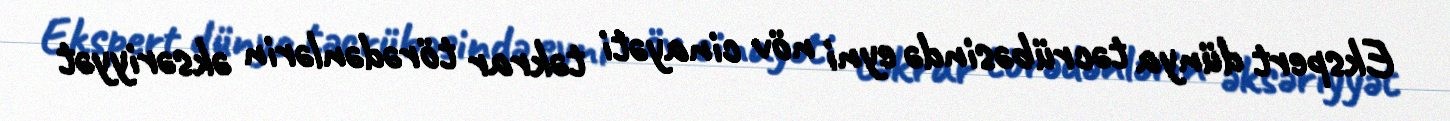
Ekspert dünya təcrübəsində eyni növ cinayəti təkrar törədənlərin əksəriyyət